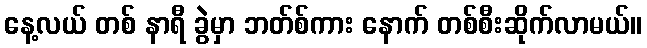
နေ့လယ် တစ် နာရီ ခွဲမှာ ဘတ်စ်ကား နောက် တစ်စီးဆိုက်လာမယ်။